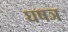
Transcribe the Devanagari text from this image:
घषञ